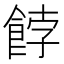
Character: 餑